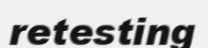
retesting